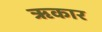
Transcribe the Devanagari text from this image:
ॠकार